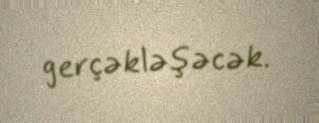
gerçəkləşəcək.